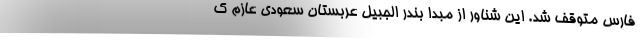
فارس متوقف شد. این شناور از مبدا بندر الجبیل عربستان سعودی عازم ک